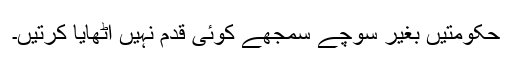
حکومتیں بغیر سوچے سمجھے کوئی قدم نہیں اٹھایا کرتیں۔